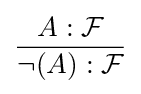
{\frac {A:{\mathcal {F}}}{\neg (A):{\mathcal {F}}}}